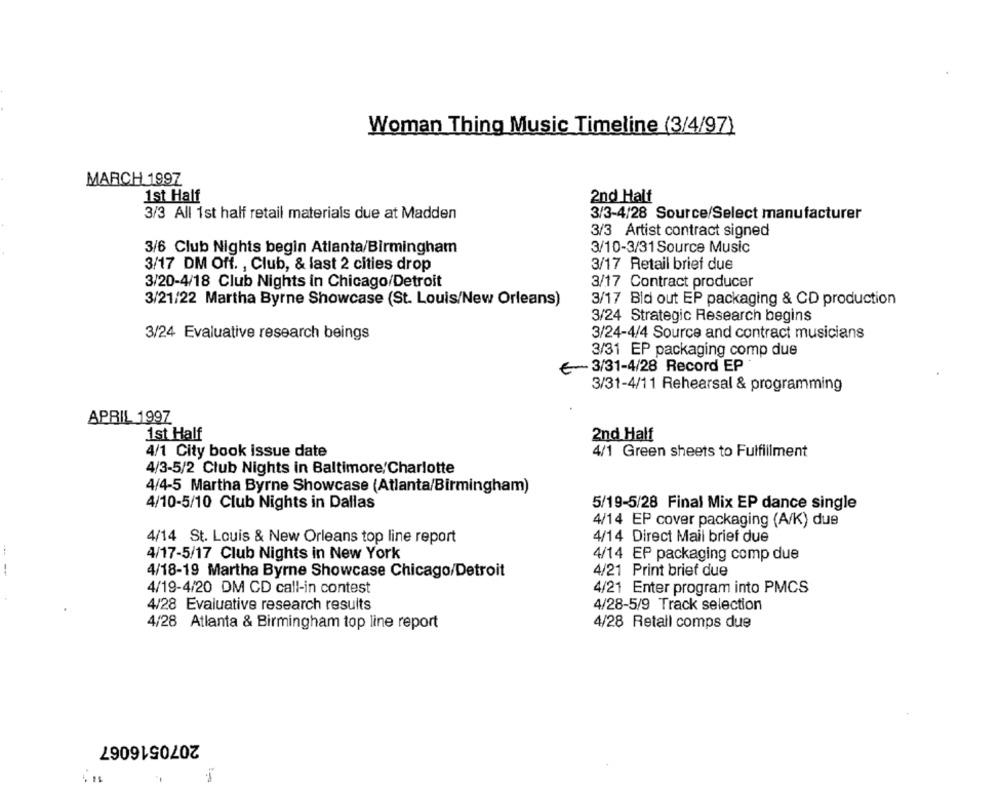
Woman Thing Music Timeline (3/4/97)
MARCH 1997
1st Half
2nd Half
3/3 All 1st half retail materials due at Madden
3/3-4/28 Source/Select manufacturer
3/3 Artist contract signed
3/6 Club Nights begin Atlanta/Birmingham
3/10-3/31 Source Music
3/17 DM Off. , Club, & last 2 cities drop
3/17 Retail brief due
3/20-4/18 Club Nights in Chicago/Detroit
3/17 Contract producer
3/21/22 Martha Byrne Showcase (St. Louis/New Orleans)
3/17 Bld out EP packaging & CD production
3/24 Strategic Research begins
3/24 Evaluative research beings
3/24-4/4 Source and contract musicians
3/31 EP packaging comp due
€~ 3/31-4/28 Record EP
3/31-4/11 Rehearsal & programming
APRIL 1997
1st Half
2nd Half
4/1 City book issue date
4/1 Green sheets to Fulfillment
4/3-5/2 Club Nights in Baltimore/Charlotte
4/4-5 Martha Byrne Showcase (Atlanta/Birmingham)
4/10-5/10 Club Nights in Dallas
5/19-5/28 Final Mix EP dance single
4/14 EP cover packaging (A/K) due
4/14 Direct Mail brief due
4/14 St. Louis & New Orleans top line report
4/17-5/17 Club Nights in New York
4/14 EP packaging comp due
4/18-19 Martha Byrne Showcase Chicago/Detroit
4/21 Print brief due
4/19-4/20 DM CD call-in contest
4/21 Enter program into PMCS
4/28 Evaluative research results
4/28-5/9 Track selection
4/28 Retail comps due
4/28 Atlanta & Birmingham top line report
2070516067